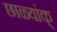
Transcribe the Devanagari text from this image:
छाळ्यांक्